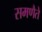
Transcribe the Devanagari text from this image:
समणैते